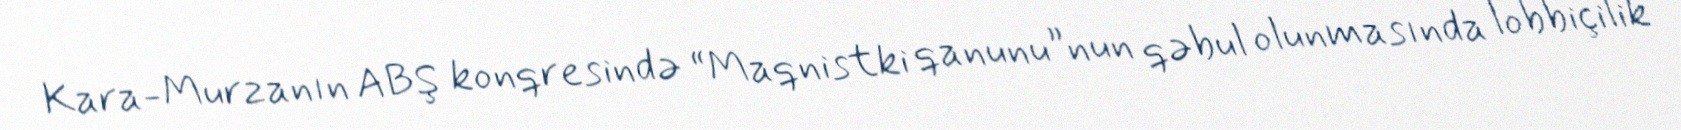
Kara-Murzanın ABŞ konqresində “Maqnistki qanunu”nun qəbul olunmasında lobbiçilik